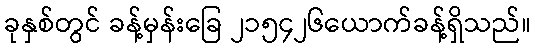
ခုနှစ်တွင် ခန့်မှန်းခြေ ၂၁၅၄၂၆ယောက်ခန့်ရှိသည်။